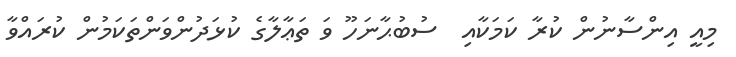
މިއީ އިންސާނުން ކުރާ ކަމަކާއި  ސުބުޙާނަހޫ ވަ ތަޢާލާގެ ކުޅަދުންވަންތަކަމުން ކުރައްވާ